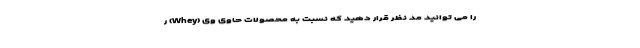
را می توانید مد نظر قرار دهید که نسبت به محصولات حاوی وی (Whey) ر